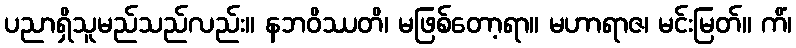
ပညာရှိသူမည်သည်လည်း။ နဘဝိဿတိ၊ မဖြစ်တော့ရာ။ မဟာရာဇ၊ မင်းမြတ်။ ကိံ၊